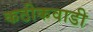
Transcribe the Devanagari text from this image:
कठीकवाडी